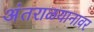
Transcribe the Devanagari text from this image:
अंतराळयानावर